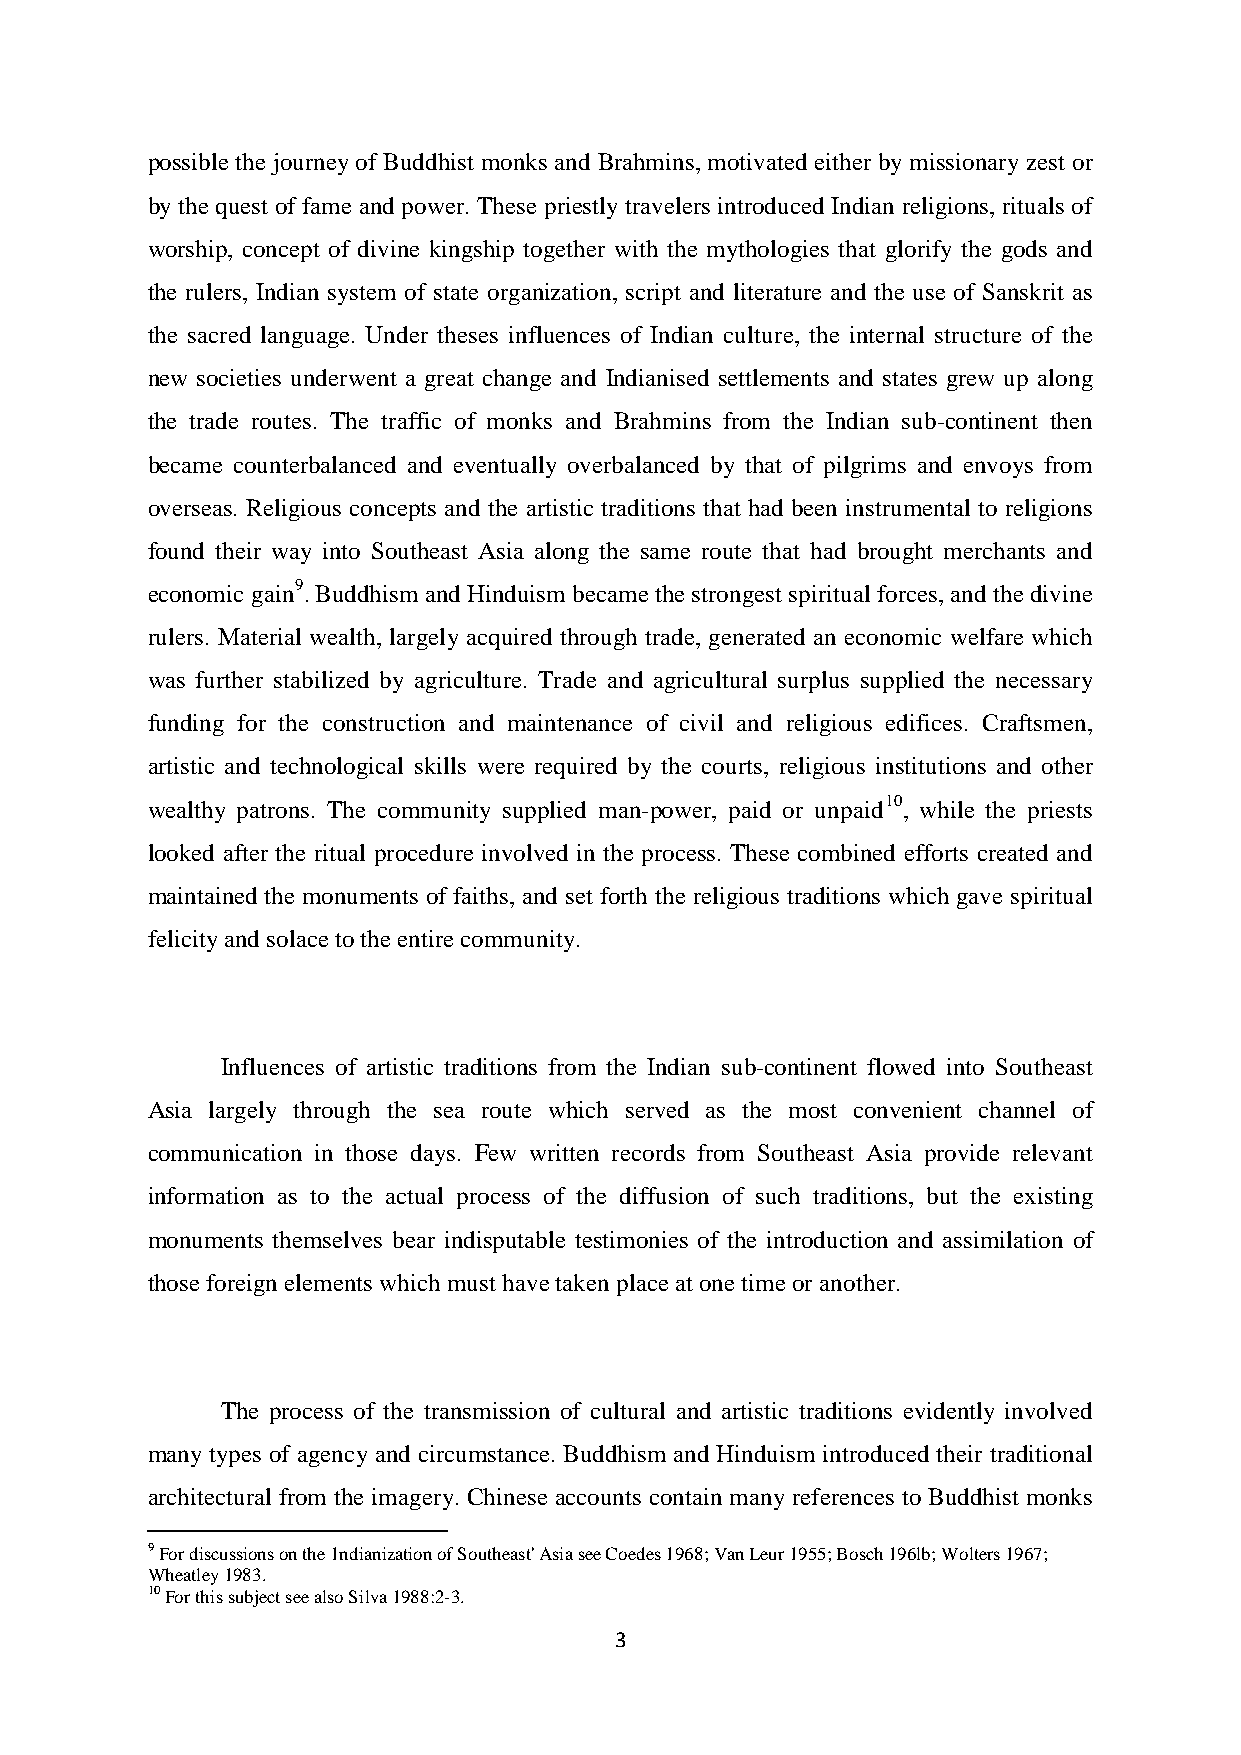
possible the journey of Buddhist monks and Brahmins, motivated either by missionary zest or
 by the quest of fame and power. These priestly travelers introduced Indian religions, rituals of
 worship, concept of divine kingship together with the mythologies that glorify the gods and
 the rulers, Indian system of state organization, script and literature and the use of Sanskrit as
 the sacred language. Under theses influences of Indian culture, the internal structure of the
 new societies underwent a great change and Indianised settlements and states grew up along
 the trade routes. The traffic of monks and Brahmins from the Indian sub-continent then
 became counterbalanced and eventually overbalanced by that of pilgrims and envoys from
 overseas. Religious concepts and the artistic traditions that had been instrumental to religions
 found their way into Southeast Asia along the same route that had brought merchants and
 economic gain9. Buddhism and Hinduism became the strongest spiritual forces, and the divine
 rulers. Material wealth, largely acquired through trade, generated an economic welfare which
 was further stabilized by agriculture. Trade and agricultural surplus supplied the necessary
 funding for the construction and maintenance of civil and religious edifices. Craftsmen,
 artistic and technological skills were required by the courts, religious institutions and other
 wealthy patrons. The community supplied man-power, paid or unpaid10, while the priests
 looked after the ritual procedure involved in the process. These combined efforts created and
 maintained the monuments of faiths, and set forth the religious traditions which gave spiritual
 felicity and solace to the entire community.
 Influences of artistic traditions from the Indian sub-continent flowed into Southeast
 Asia largely through the sea route which served as the most convenient channel of
 communication in those days. Few written records from Southeast Asia provide relevant
 information as to the actual process of the diffusion of such traditions, but the existing
 monuments themselves bear indisputable testimonies of the introduction and assimilation of
 those foreign elements which must have taken place at one time or another.
 The process of the transmission of cultural and artistic traditions evidently involved
 many types of agency and circumstance. Buddhism and Hinduism introduced their traditional
 architectural from the imagery. Chinese accounts contain many references to Buddhist monks
 9 For discussions on the 1ndianization of Southeast' Asia see Coedes 1968; Van Leur 1955; Bosch 196lb; Wolters 1967;
 Wheatley 1983.
 10 For this subject see also Silva 1988:2-3.
 3